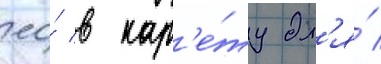
ео́ в кар'е́ту дл'я́